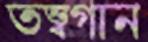
তত্ত্বগান